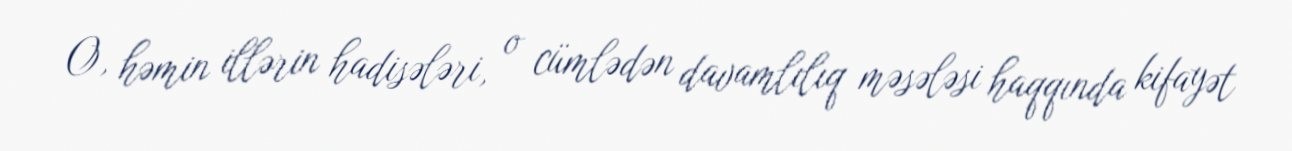
O, həmin illərin hadisələri, o cümlədən davamlılıq məsələsi haqqında kifayət